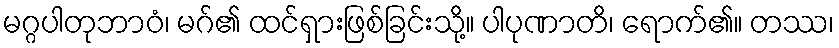
မဂ္ဂပါတုဘာဝံ၊ မဂ်၏ ထင်ရှားဖြစ်ခြင်းသို့။ ပါပုဏာတိ၊ ရောက်၏။ တဿ၊